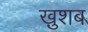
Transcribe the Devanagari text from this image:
ख़ुशब